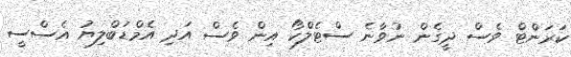
ކަރަންޓް ވެސް ދީގެން ނުވާނެ ސްޓެލްކޯ އިން ވެސް އަދި އެމްޑަބްލިޔު އެސްސީ